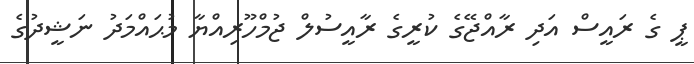
ޕީ ގެ ރައީސް އަދި ރާއްޖޭގެ ކުރީގެ ރާއީސުލް ޖުމްހޫރިއްޔާ މުޙައްމަދު ނަޝީދުގެ